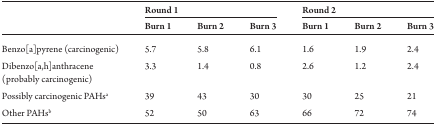
| <ROWSPAN=2>  | <COLSPAN=3> Round 1 | <COLSPAN=3> Round 2 |
 | Burn 1 | Burn 2 | Burn 3 | Burn 1 | Burn 2 | Burn 3 |
 | --- | --- | --- | --- | --- | --- | --- |
 | Benzo[a]pyrene (carcinogenic) | 5.7 | 5.8 | 6.1 | 1.6 | 1.9 | 2.4 |
 | Dibenzo[a,h]anthracene (probably carcinogenic) | 3.3 | 1.4 | 0.8 | 2.6 | 1.2 | 2.4 |
 | Possibly carcinogenic PAHsa | 39 | 43 | 30 | 30 | 25 | 21 |
 | Other PAHsb | 52 | 50 | 63 | 66 | 72 | 74 |